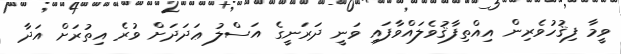
ވީމާ ފިޤުހުވެރިން އިއްތިފާޤުވެލައްވާފައި ވަނީ ދަރަނީގެ އަސްލު ޢަދަދަށް ވުރެ އިތުރަށް އަދާ